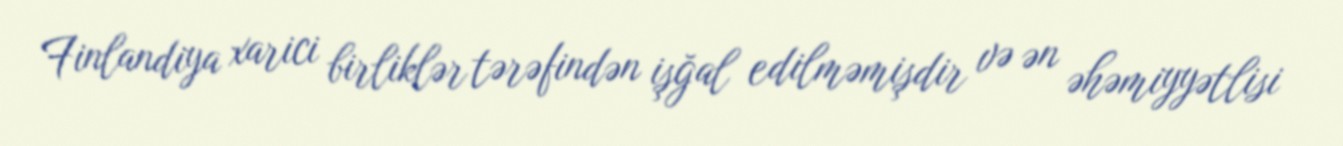
Finlandiya xarici birliklər tərəfindən işğal edilməmişdir və ən əhəmiyyətlisi